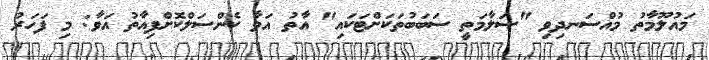
މައުލޫމާތު މުއްސަނދިވި "ސަލާމަތީ ސަބަބުތަކަށްޓަކައި" އާތު އަވާ ކެންސަލްކޮށްފިއާތު އަވާ: މި ފަހަރު